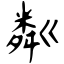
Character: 粼